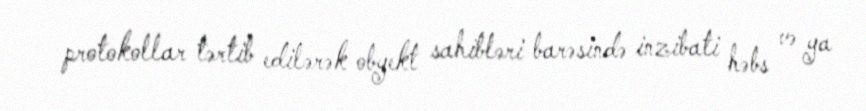
protokollar tərtib edilərək obyekt sahibləri barəsində inzibati həbs və ya